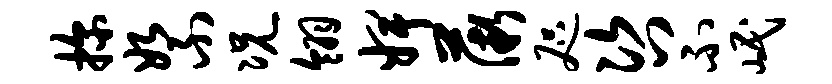
探絮况翎婢薇咫咨不岷